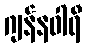
ဂျန်နဝါရီ